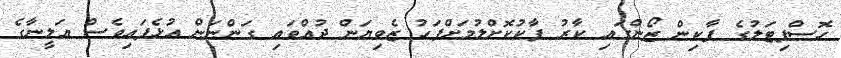
ހޮސްޕިޓަލުގެ ޕާކިން ޒޯންގައި ކާރު ޕާކުކޮށްލުމަށްފަހު ޒެވިޔަން ދުއްވައި ގަންނަން އުޅެފައިވެސް އަލީނާގެ